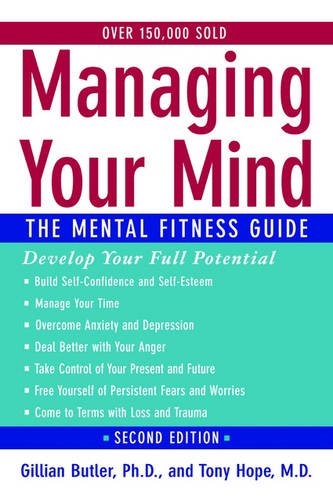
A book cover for Managing Your Mind: The Mental Fitness Guide; Gillian Butler; Parenting & Relationships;